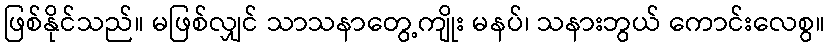
ဖြစ်နိုင်သည်။ မဖြစ်လျှင် သာသနာတွေ့ကျိုး မနပ်၊ သနားဘွယ် ကောင်းလေစွ။